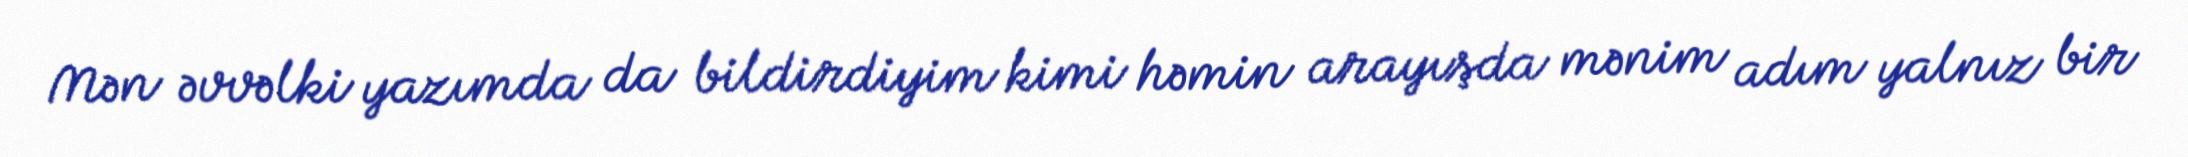
Mən əvvəlki yazımda da bildirdiyim kimi həmin arayışda mənim adım yalnız bir